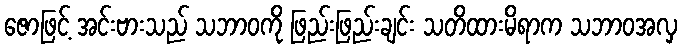
ဇောဖြင့် အင်းဗားသည် သဘာဝကို ဖြည်းဖြည်းချင်း သတိထားမိရာက သဘာဝအလှ